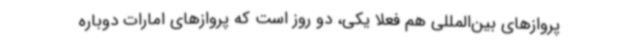
پروازهای بین‌المللی هم فعلا یکی، دو روز است که پروازهای امارات دوباره